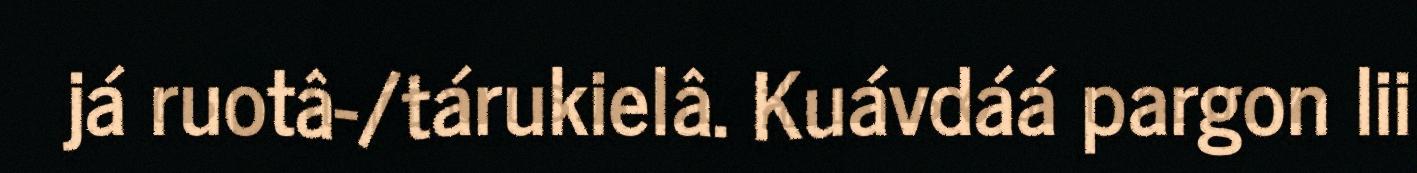
já ruotâ-/tárukielâ. Kuávdáá pargon lii